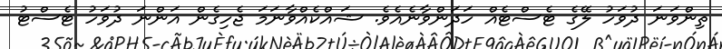
ތިންވަނަ ދުވަހު ލޭގެ ޓެސްޓެއް ހަދަންވާނެއެވެ. ޝައްކެއްވާނަމަ ޖެހިގެން އަންނަ ދުވަހު ޓެސްޓު